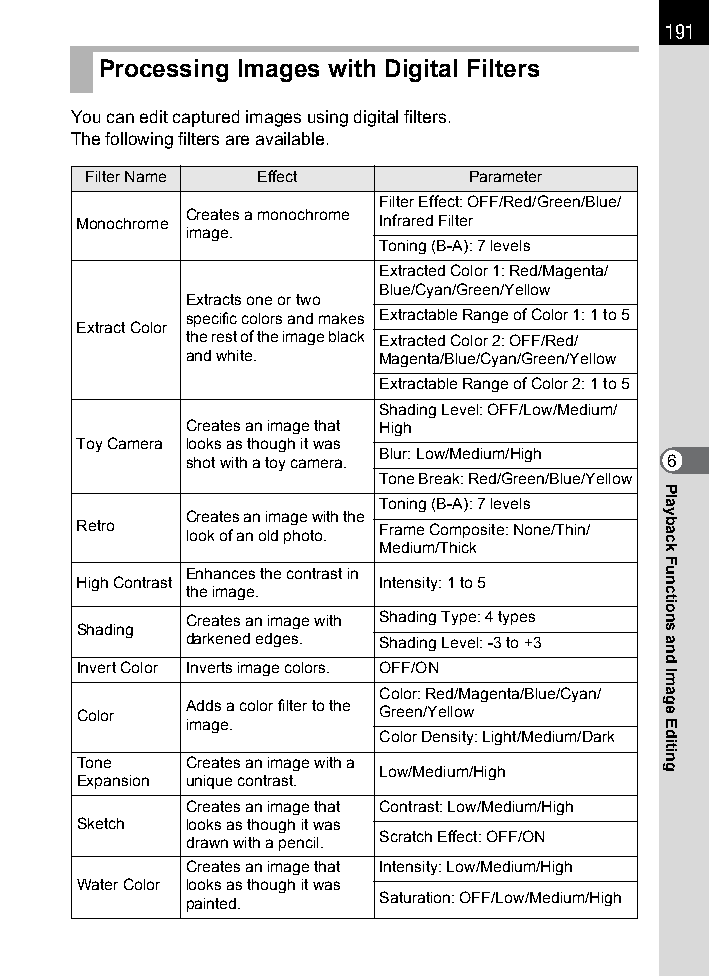
191
 Processing Images with Digital Filters
 You can edit captured images using digital filters.
 The following filters are available.
 Filter Name Effect        Parameter
 Filter Effect: OFF/Red/Green/Blue/
 Monochrome Creates a monochrome Infrared Filter
 image.
 Toning (B-A): 7 levels
 Extracted Color 1: Red/Magenta/
 Blue/Cyan/Green/Yellow
 Extracts one or two
 specific colors and makes Extractable Range of Color 1: 1 to 5
 Extract Color
 the rest of the image black Extracted Color 2: OFF/Red/
 and white.   Magenta/Blue/Cyan/Green/Yellow
 Extractable Range of Color 2: 1 to 5
 Shading Level: OFF/Low/Medium/
 Creates an image that High
 Toy Camera looks as though it was
 Blur: Low/Medium/High
 shot with a toy camera.         6
 Tone Break: Red/Green/Blue/Yellow
 Toning (B-A): 7 levels
 Creates an image with the
 Retro  look of an old photo. Frame Composite: None/Thin/
 Medium/Thick
 Enhances the contrast in
 High Contrast       Intensity: 1 to 5
 the image.
 Creates an image with Shading Type: 4 types
 Shading
 darkened edges. Shading Level: -3 to +3
 Invert Color Inverts image colors. OFF/ON
 Color: Red/Magenta/Blue/Cyan/
 Color  Adds a color filter to the Green/Yellow
 image.
 Color Density: Light/Medium/Dark
 Tone   Creates an image with a
 Low/Medium/High
 Expansion unique contrast.
 Creates an image that Contrast: Low/Medium/High
 Sketch looks as though it was
 Scratch Effect: OFF/ON
 drawn with a pencil.
 Creates an image that Intensity: Low/Medium/High
 Water Color looks as though it was
 painted.     Saturation: OFF/Low/Medium/High
 Playback
 Functions
 and
 Image
 Editing